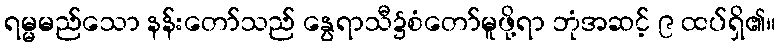
ရမ္မမည်သော နန်းတော်သည် နွေရာသီ၌စံတော်မူဖို့ရာ ဘုံအဆင့် ၉ ထပ်ရှိ၏။